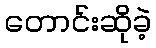
တောင်းဆိုခဲ့